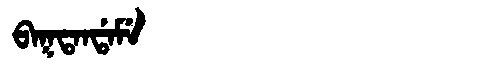
Manchu: ᠪᠠᡴᡨᠠᠨᡩᠠᠮᡝ
Romanization: BAKTANDAME